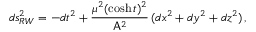
d s _ { R W } ^ { 2 } = - d t ^ { 2 } + \frac { \mu ^ { 2 } ( \cosh { t } ) ^ { 2 } } { \mathsf { A } ^ { 2 } } \, ( d x ^ { 2 } + d y ^ { 2 } + d z ^ { 2 } ) \, ,